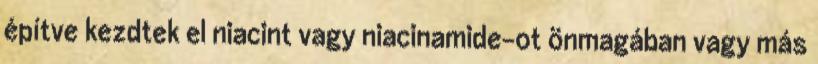
építve kezdtek el niacint vagy niacinamide-ot önmagában vagy más